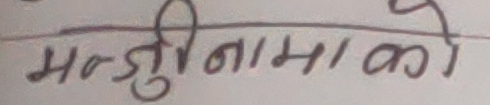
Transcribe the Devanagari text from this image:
मन्जुनामा को